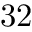
3 2